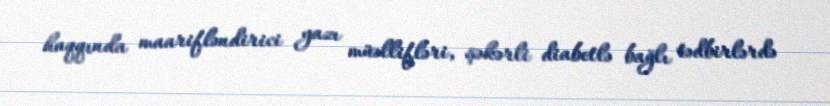
haqqında maarifləndirici yazı müəllifləri, şəkərli diabetlə bağlı tədbirlərdə